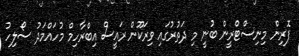
ފޮރިން މިނިސްޓްރީން ބުނީ މި ދަތުރުގައި ވިރަކޫން ރައީސް އިބްރާހިމް މުހައްމަދު ސޯލިހު